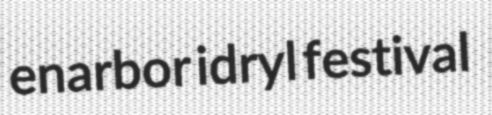
enarbor idryl festival